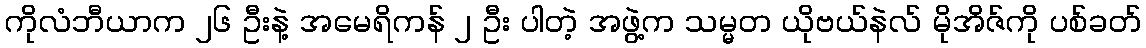
ကိုလံဘီယာက ၂၆ ဦးနဲ့ အမေရိကန် ၂ ဦး ပါတဲ့ အဖွဲ့က သမ္မတ ယိုဗယ်နဲလ် မိုအိဇ်ကို ပစ်ခတ်